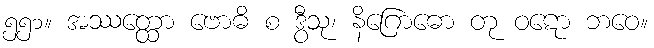
၅၅၁။ အဿတ္ထော ဗောဓိ စ ဒွီသု၊ နိဂြောဓော တု ဝဋော ဘဝေ။